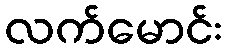
လက်မောင်း